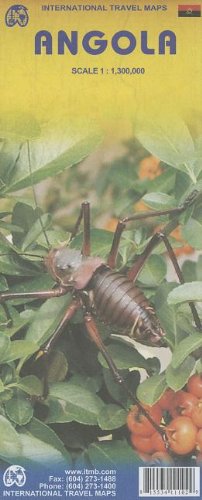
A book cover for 1. Angola Travel Reference Map 1:1,300,000 (International Travel Maps); International Travel Maps; Travel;